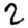
Digit: 2